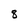
Character: 8